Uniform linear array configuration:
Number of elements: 16
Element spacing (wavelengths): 0.75
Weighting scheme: cosine
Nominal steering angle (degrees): -60
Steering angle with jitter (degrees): -61.157
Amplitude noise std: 0.05
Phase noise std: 0.05

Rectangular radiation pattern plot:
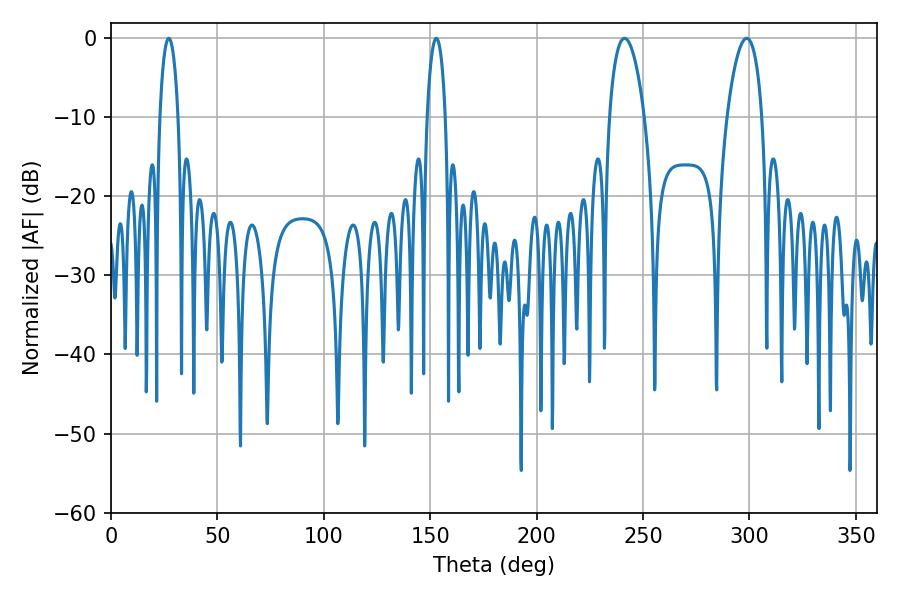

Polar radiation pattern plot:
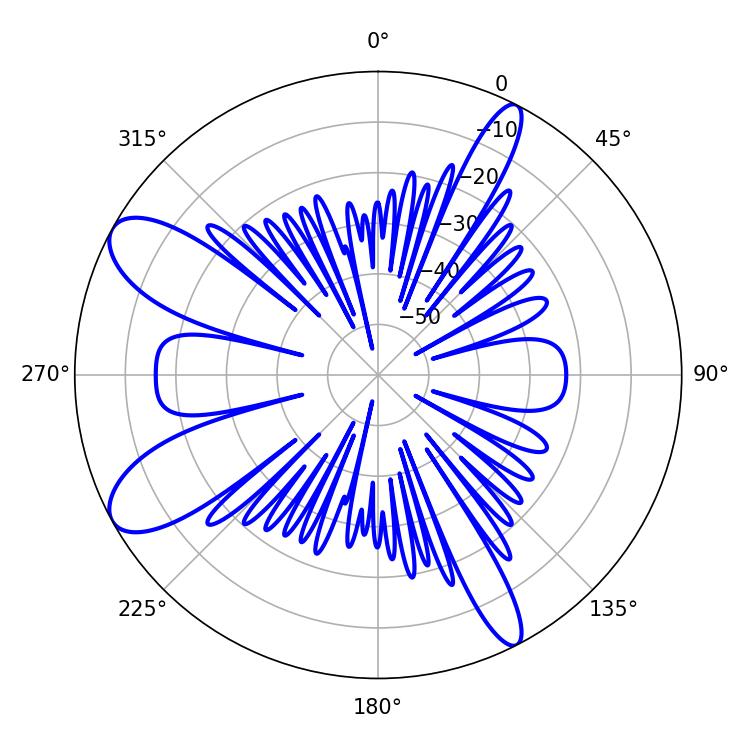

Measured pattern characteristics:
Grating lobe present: TRUE
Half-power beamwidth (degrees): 4.86
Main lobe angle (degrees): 152.82